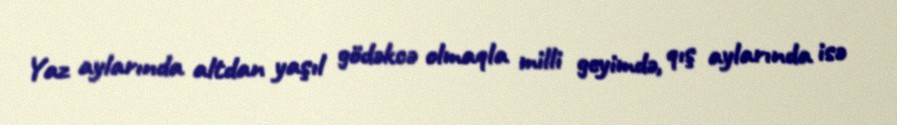
Yaz aylarında altdan yaşıl gödəkcə olmaqla milli geyimdə, qış aylarında isə